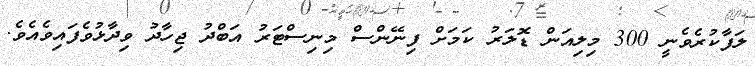
ލަފާކުރެވެނީ 300 މިލިއަން ޑޮލަރު ކަމަށް ފިނޭންސް މިނިސްޓަރު އަބްދު ޖިހާދު ވިދާޅުވެފައިވެއެވެ.